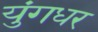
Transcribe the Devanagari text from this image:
युंगधर